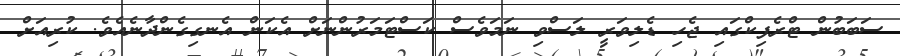
ސަބަބުން ޓްރެފިކްގައި ޖެހި ޑެލިވަރީ ލަސްވި ނަމަވެސް ކަސްޓަމަރުންނަށް އެކަން އެނގިގެންދާނެއެވެ. ކުރިއަށް